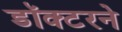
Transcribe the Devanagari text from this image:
डॉक्‍टरने